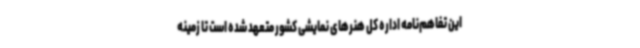
این تفاهم‌نامه اداره کل هنرهای نمایشی کشور متعهد شده است تا زمینه